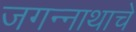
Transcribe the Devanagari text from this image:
जगन्‍नाथाचे